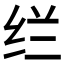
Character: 𰬊